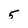
Character: 5